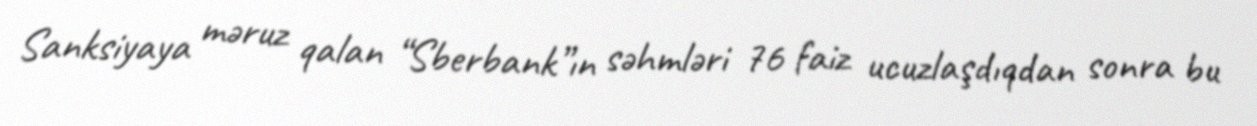
Sanksiyaya məruz qalan “Sberbank”ın səhmləri 76 faiz ucuzlaşdıqdan sonra bu